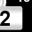
Digit: 2